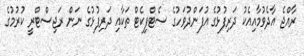
ރާއްޖެ އާދެވުމާއިއެކު ދަރިފުޅުގެ އުފަންދުވަހުގެ ސެޓްފިކެޓް ތަކާއި ދަރިފުޅުގެ ނަން ރަޖިސްޓްރީ ކުރުމުގެ